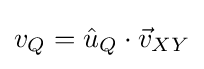
v_{Q}={\hat {u}}_{Q}\cdot {\vec {v}}_{XY}